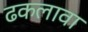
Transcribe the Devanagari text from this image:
ढकलावा